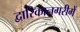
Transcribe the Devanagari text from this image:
द्वारिकानगरीमें